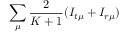
\sum _ { \mu } \frac { 2 } { K + 1 } ( I _ { t \mu } + I _ { r \mu } )